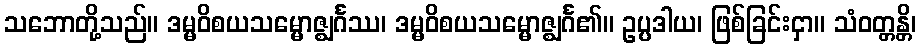
သဘောတို့သည်။ ဒမ္မဝိစယသမ္မောဇ္ဈင်္ဂဿ၊ ဒမ္မဝိစယသမ္မောဇ္ဈင်္ဂ၏။ ဥပ္ပဒါယ၊ ဖြစ်ခြင်းငှာ။ သံဝတ္တန္တိ၊